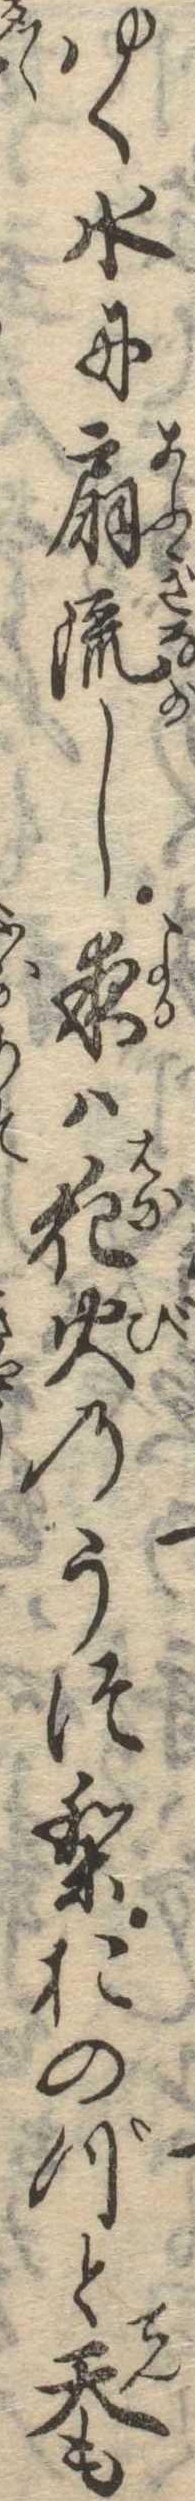
ゆく水に扇流し夜は花火のうつりおのづと天も